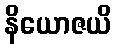
နိယောဇယိ